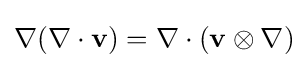
\nabla (\nabla \cdot \mathbf {v} )=\nabla \cdot (\mathbf {v} \otimes \nabla )